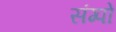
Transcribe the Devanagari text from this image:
संग्पो